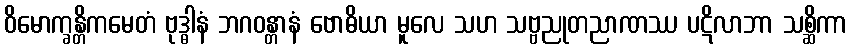
ဝိမောက္ခန္တိကမေတံ ဗုဒ္ဓါနံ ဘဂဝန္တာနံ ဗောဓိယာ မူလေ သဟ သဗ္ဗညုတညာဏဿ ပဋိလာဘာ သစ္ဆိကာ